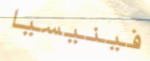
فينيسيا